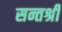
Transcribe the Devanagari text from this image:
सन्तश्री